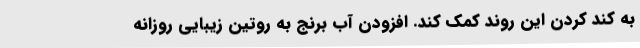
به کند کردن این روند کمک کند. افزودن آب برنج به روتین زیبایی روزانه